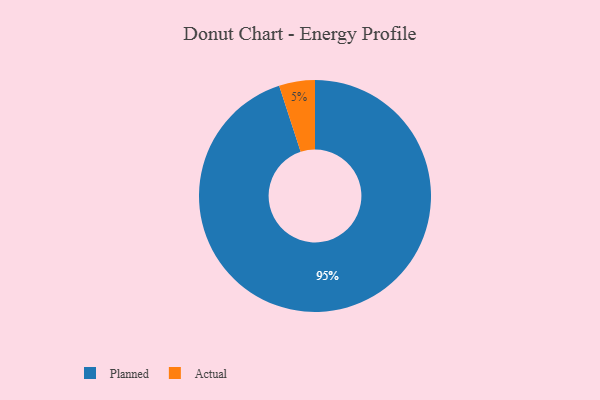
{"axis": {"x": "Category", "y": "Percentage"}, "legend": ["Actual", "Planned"], "data": [{"x": "Actual", "y": 5, "type": "Actual"}, {"x": "Planned", "y": 95, "type": "Planned"}]}